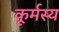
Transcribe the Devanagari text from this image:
कूर्मस्य